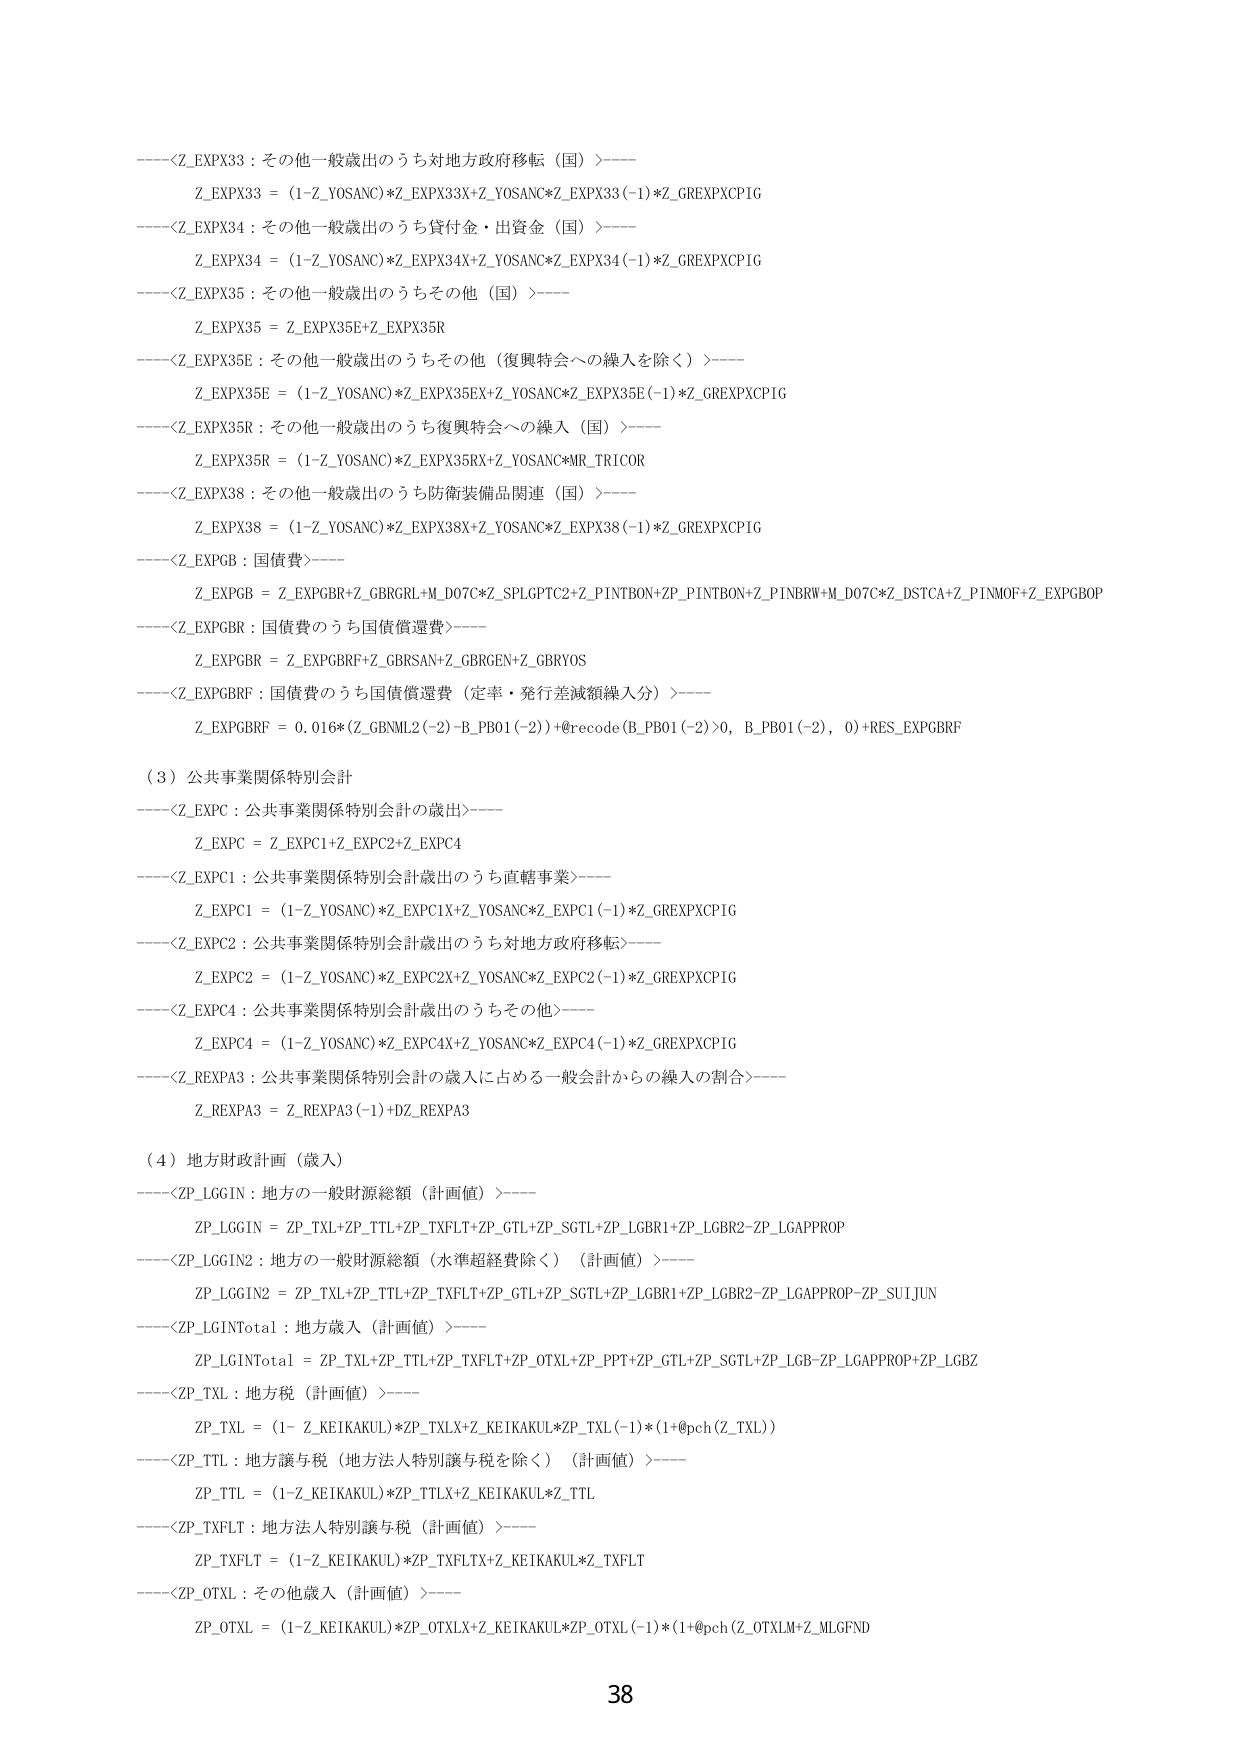
----<Z_EXPX33 : その他一般歳出のうち対地方政府移転（国）>----
Z_EXPX33 = (1-Z_YOSANC)*Z_EXPX33X+Z_YOSANC*Z_EXPX33(-1)*Z_GREXPXCP1G

----<Z_EXPX34 : その他一般歳出のうち貸付金・出資金（国）>----
Z_EXPX34 = (1-Z_YOSANC)*Z_EXPX34X+Z_YOSANC*Z_EXPX34(-1)*Z_GREXPXCP1G

----<Z_EXPX35 : その他一般歳出のうちその他（国）>----
Z_EXPX35 = Z_EXPX35E+Z_EXPX35R

----<Z_EXPX35E : その他一般歳出のうちその他（復興特会への繰入を除く）>----
Z_EXPX35E = (1-Z_YOSANC)*Z_EXPX35EX+Z_YOSANC*Z_EXPX35E(-1)*Z_GREXPXCP1G

----<Z_EXPX35R : その他一般歳出のうち復興特会への繰入（国）>----
Z_EXPX35R = (1-Z_YOSANC)*Z_EXPX35RX+Z_YOSANC*MR_TRICOR

----<Z_EXPX38 : その他一般歳出のうち防衛装備品関連（国）>----
Z_EXPX38 = (1-Z_YOSANC)*Z_EXPX38X+Z_YOSANC*Z_EXPX38(-1)*Z_GREXPXCP1G

----<Z_EXPG : 国債費>----
Z_EXPG = Z_EXPGBR+Z_GBRGRL+M_D07C*Z_SPLGPTC2+Z_PINTBON+ZP_PINTBON+Z_PINBRW+M_D07C*Z_DSTCA+Z_PINMOF+Z_EXPGBOp

----<Z_EXPGBR : 国債費のうち国債償還費>----
Z_EXPGBR = Z_EXPGBRF+Z_GBRSAN+Z_GBRGEN+Z_GBRYOS

----<Z_EXPGBRF : 国債費のうち国債償還費（定率・発行差減額繰入分）>----
Z_EXPGBRF = 0.016*(Z_GBMML2(-2)-B_PB01(-2))+recode(B_PB01(-2)>0, B_PB01(-2), 0)+RES_EXPGBRF

（3）公共事業関係特別会計
----<Z_EXPC : 公共事業関係特別会計の歳出>----
Z_EXPC = Z_EXPC1+Z_EXPC2+Z_EXPC4

----<Z_EXPC1 : 公共事業関係特別会計歳出のうち直轄事業>----
Z_EXPC1 = (1-Z_YOSANC)*Z_EXPC1X+Z_YOSANC*Z_EXPC1(-1)*Z_GREXPXCP1G

----<Z_EXPC2 : 公共事業関係特別会計歳出のうち対地方政府移転>----
Z_EXPC2 = (1-Z_YOSANC)*Z_EXPC2X+Z_YOSANC*Z_EXPC2(-1)*Z_GREXPXCP1G

----<Z_EXPC4 : 公共事業関係特別会計歳出のうちその他>----
Z_EXPC4 = (1-Z_YOSANC)*Z_EXPC4X+Z_YOSANC*Z_EXPC4(-1)*Z_GREXPXCP1G

----<Z_REXPA3 : 公共事業関係特別会計の歳入に占める一般会計からの繰入の割合>----
Z_REXPA3 = Z_REXPA3(-1)+DZ_REXPA3

（4）地方財政計画（歳入）
----<ZP_LGGIN : 地方の一般財源総額（計画値）>----
ZP_LGGIN = ZP_TXL+ZP_TTL+ZP_TXFLT+ZP_GTL+ZP_SGTL+ZP_LGBR1+ZP_LGBR2-ZP_LGAPPROP

----<ZP_LGGIN2 : 地方の一般財源総額（水準超過費除く）（計画値）>----
ZP_LGGIN2 = ZP_TXL+ZP_TTL+ZP_TXFLT+ZP_GTL+ZP_SGTL+ZP_LGBR1+ZP_LGBR2-ZP_LGAPPROP-ZP_SUIJUN

----<ZP_LGINTotal : 地方歳入（計画値）>----
ZP_LGINTotal = ZP_TXL+ZP_TTL+ZP_TXFLT+ZP_OTXL+ZP_PPT+ZP_GTL+ZP_SGTL+ZP_LGB-ZP_LGAPPROP+ZP_LGBZ

----<ZP_TXL : 地方税（計画値）>----
ZP_TXL = (1-Z_KEIKAKUL)*ZP_TXLX+Z_KEIKAKUL*ZP_TXL(-1)*(1+@pch(Z_TXL))

----<ZP_TTL : 地方譲与税（地方法人特別譲与税を除く）（計画値）>----
ZP_TTL = (1-Z_KEIKAKUL)*ZP_TTLX+Z_KEIKAKUL*Z_TTL

----<ZP_TXFLT : 地方法人特別譲与税（計画値）>----
ZP_TXFLT = (1-Z_KEIKAKUL)*ZP_TXFLTX+Z_KEIKAKUL*Z_TXFLT

----<ZP_OTXL : その他歳入（計画値）>----
ZP_OTXL = (1-Z_KEIKAKUL)*ZP_OTXLX+Z_KEIKAKUL*ZP_OTXL(-1)*(1+@pch(Z_OTXLM+Z_MLGFND

38